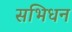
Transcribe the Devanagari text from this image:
सभिधन